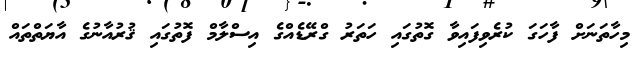
މިހާތަނަށް ފާހަގަ ކުރެވިފައިވާ ގޮތުގައި ހަތަރު ގްރޭޑެއްގެ އިސްލާމް ފޮތުގައި ޤުރުއާނުގެ އާޔަތްތައް